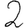
Digit: 2